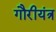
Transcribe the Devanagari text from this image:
गौरीयंत्र